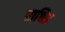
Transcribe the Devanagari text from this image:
राचिड